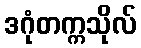
ဒဂုံတက္ကသိုလ်